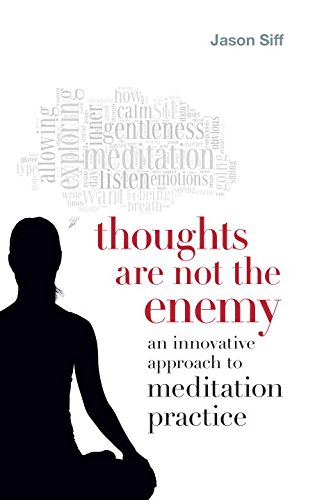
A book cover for Thoughts Are Not the Enemy: An Innovative Approach to Meditation Practice; Jason Siff; Religion & Spirituality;